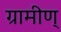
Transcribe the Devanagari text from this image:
ग्रामीण्